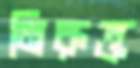
নিরুক্ত